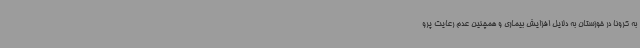
به کرونا در خوزستان به دلایل افزایش بیماری و همچنین عدم رعایت پرو